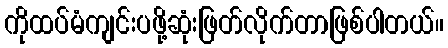
ကိုထပ်မံကျင်းပဖို့ဆုံးဖြတ်လိုက်တာဖြစ်ပါတယ်။